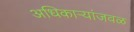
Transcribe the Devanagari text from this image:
अधिकाऱ्यांजवळ